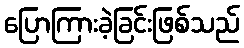
ပြောကြားခဲ့ခြင်းဖြစ်သည်